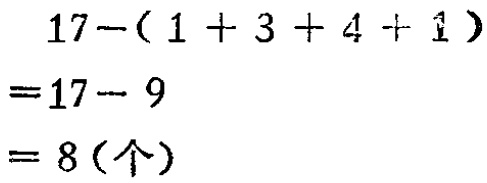
\[
\begin{align*}
&17-(1 + 3 + 4 + 1)\\
=&17 - 9\\
=&8(\text{个})
\end{align*}
\]